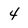
Character: 4